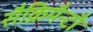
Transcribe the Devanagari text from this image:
सैक्रिमैन्टौ